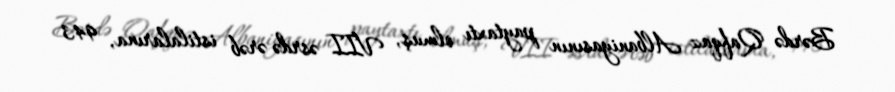
Bərdə Qafqaz Albaniyasının paytaxtı olmuş, VII əsrdə ərəb istilalarına, 943